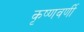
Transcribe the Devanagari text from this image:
कृष्णवर्णी